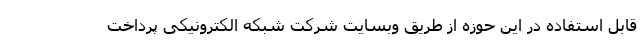
قابل استفاده در این حوزه از طریق وبسایت شرکت شبکه الکترونیکی پرداخت